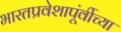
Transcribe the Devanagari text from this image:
भारतप्रवेशापूंर्वीच्या